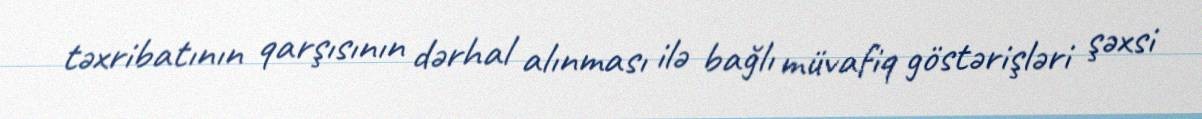
təxribatının qarşısının dərhal alınması ilə bağlı müvafiq göstərişləri şəxsi